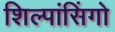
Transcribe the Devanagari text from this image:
शिल्पांसिंगो